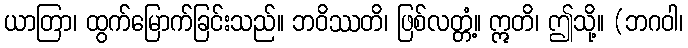
ယာတြာ၊ ထွက်မြောက်ခြင်းသည်။ ဘဝိဿတိ၊ ဖြစ်လတ္တံ့။ ဣတိ၊ ဤသို့။ (ဘဂဝါ၊